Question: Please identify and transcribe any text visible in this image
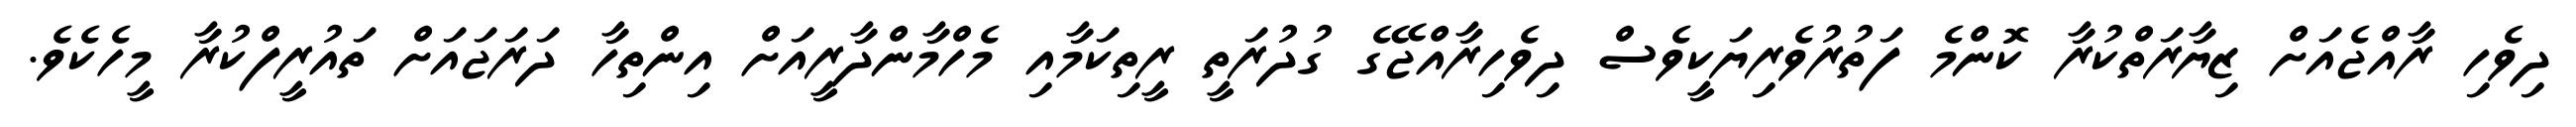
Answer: ދިވެހި ރާއްޖެއަށް ޒިޔާރަތްކުރާ ކޮންމެ ފަތުރުވެރިޔަކީވެސް ދިވެހިރާއްޖޭގެ ގުދުރަތީ ރީތިކަމާއި މެހްމާންދާރީއަށް އިންތިހާ ދަރަޖައަށް ތައުރީފްކުރާ މީހެކެވެ.